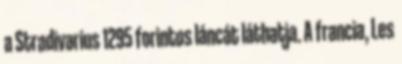
a Stradivarius 1295 forintos láncát láthatja. A francia, Les